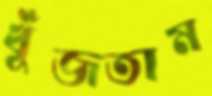
খুঁজতাম